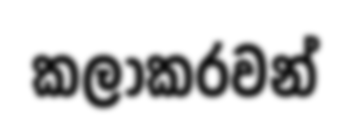
කලාකරවන්